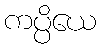
ကပ္ပိယေ